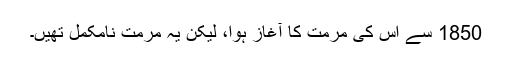
1850 سے اس کی مرمت کا آغاز ہوا، لیکن یہ مرمت نامکمل تھیں۔